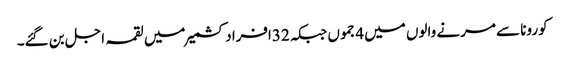
کورونا سے مرنے والوں میں 4جموں جبکہ 32افراد کشمیر میں لقمہ اجل بن گئے۔